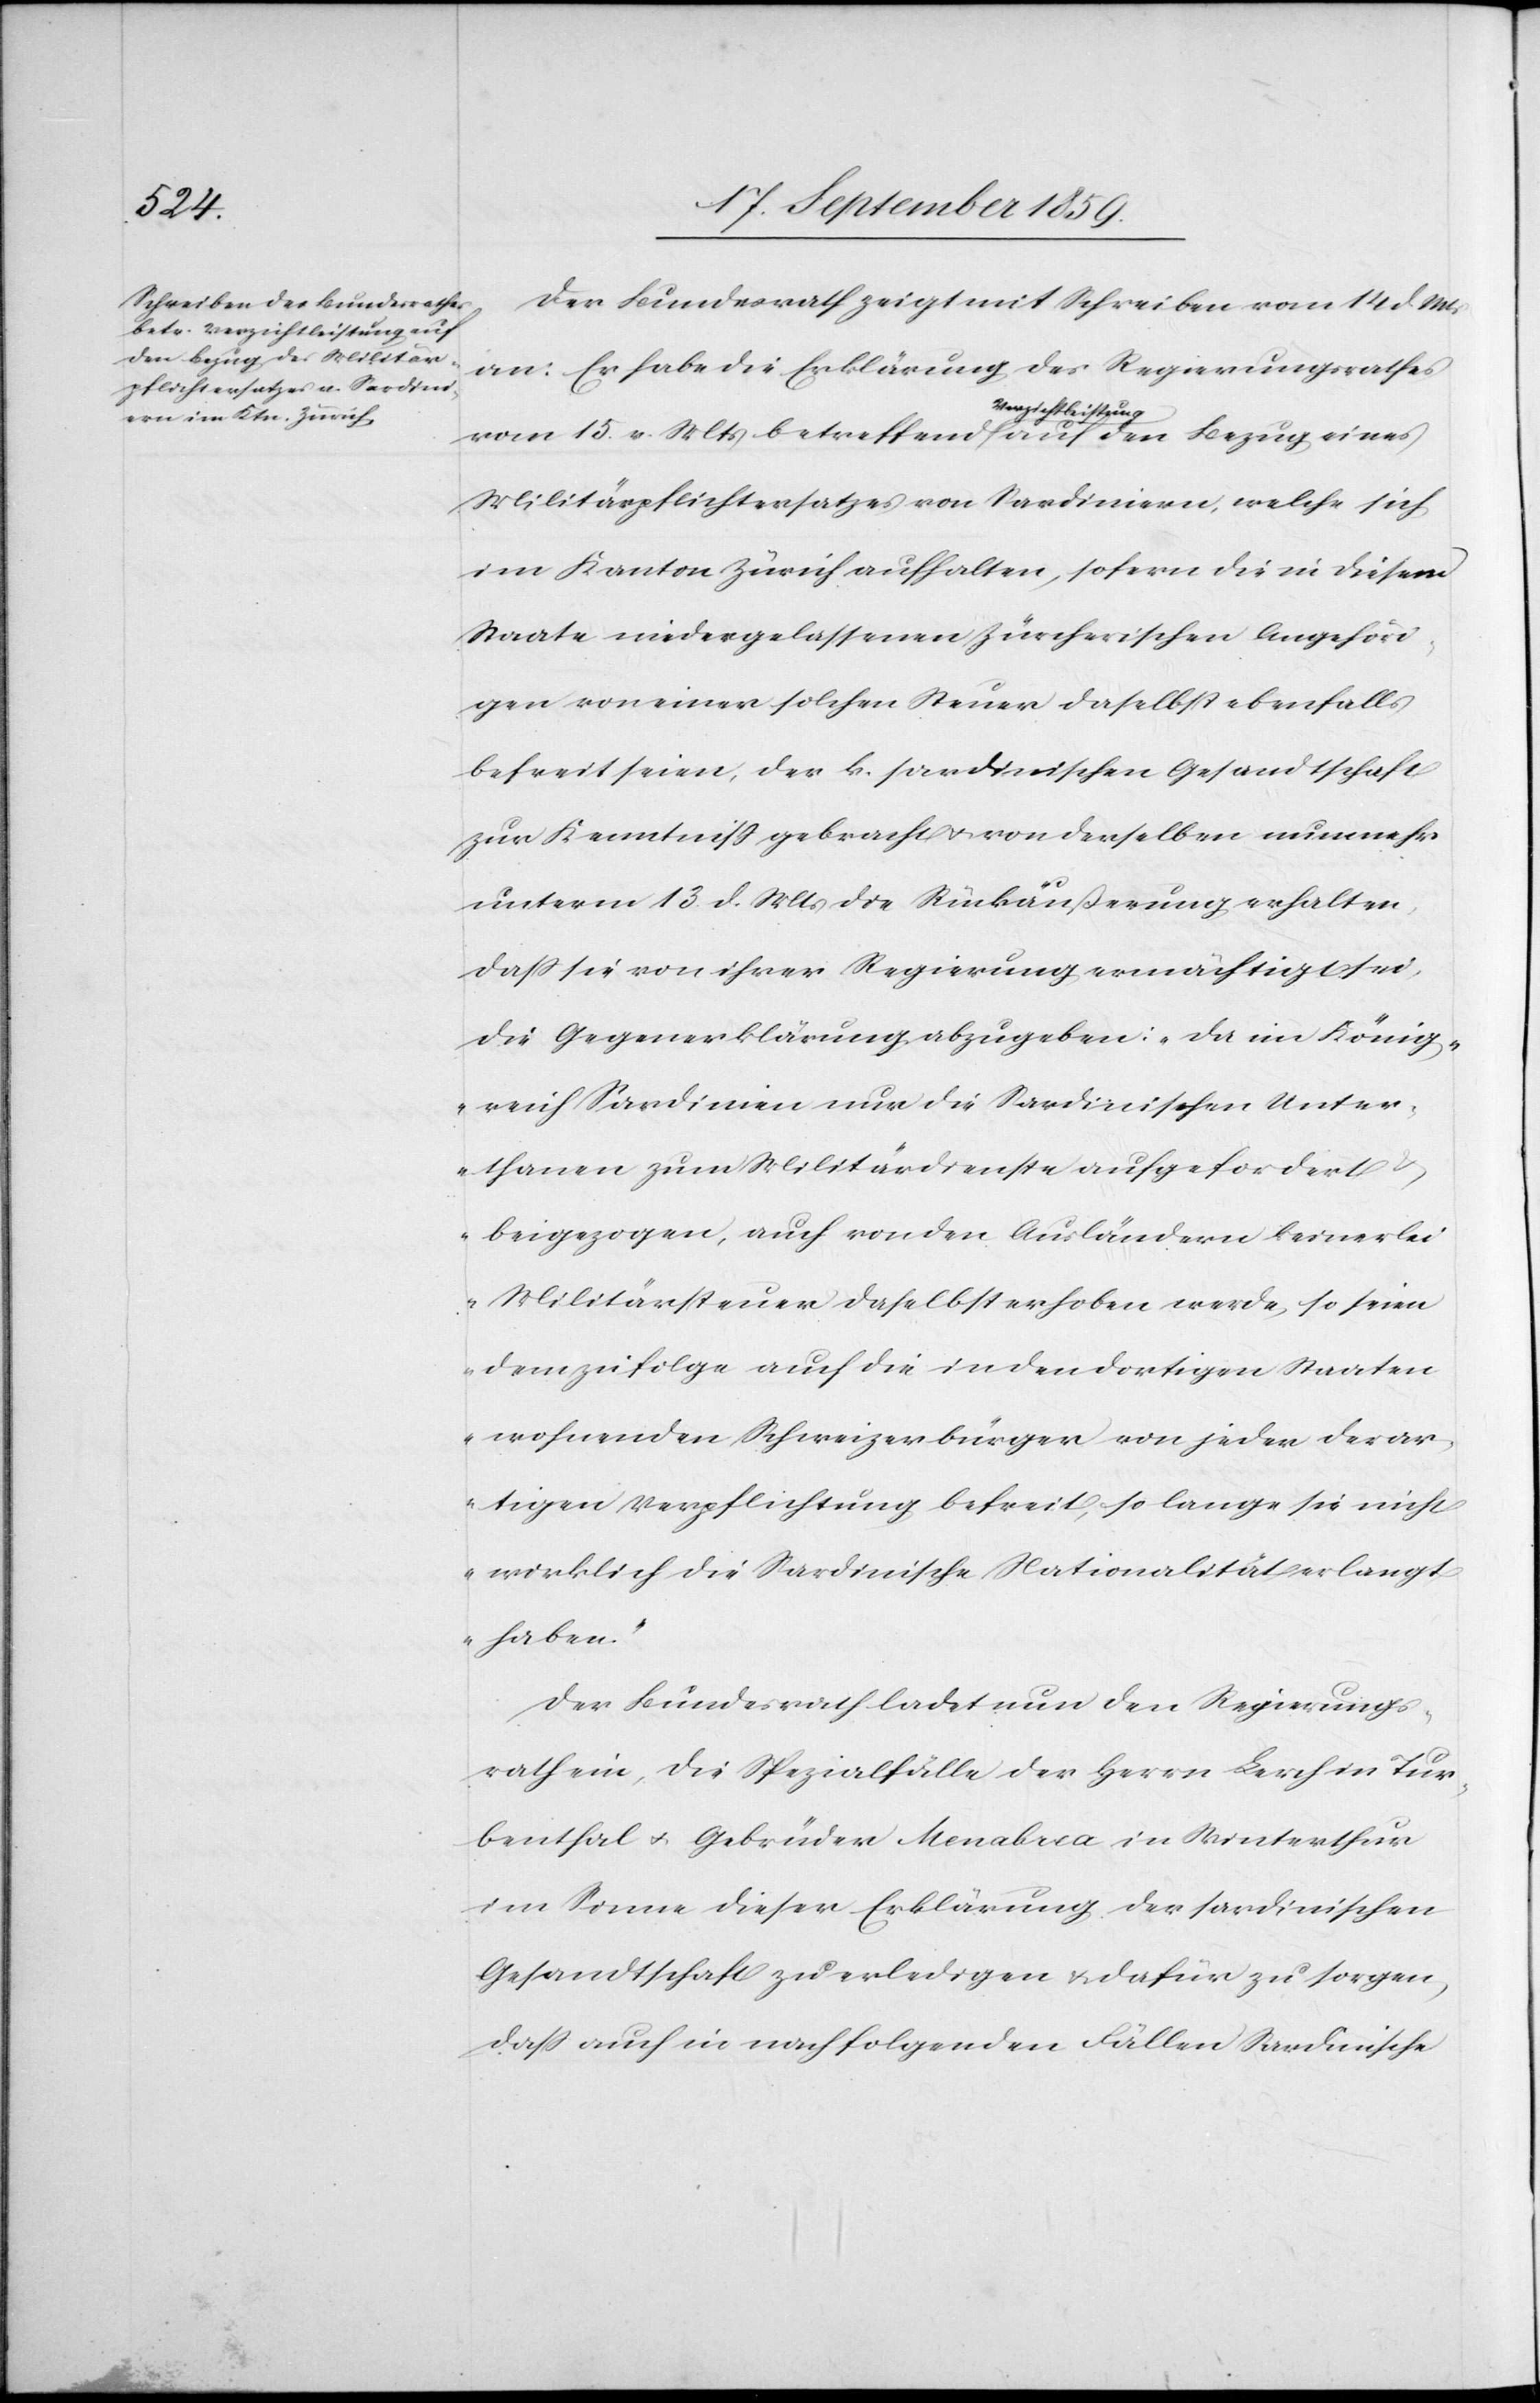
Der Bundesrath zeigt mit Schreiben vom 14. d. Mts.
an: Er habe die Erklärung des Regierungsrathes
vom 15. v. Mts. betreffend Verzichtleistung auf den Bezug eines
Militärpflichtersatzes von Sardiniern, welche sich
im Kanton Zürich aufhalten, sofern die in diesem
Staate niedergelassenen Zürcherischen Angehöri¬
gen von einer solchen Steuer daselbst ebenfalls
befreit seien, der k. sardinischen Gesandtschaft
zur Kenntniß gebracht & von derselben nunmehr
unterm 13. d. Mts. die Rückäußerung erhallten,
daß sie von ihrer Regierung ermächtigt sei,
die Gegenerklärung abzugeben: „Da im König¬
reich Sardinien nur die Sardinischen Unter¬
thanen zum Militärdienste aufgefordert &
beigezogen, auch von den Ausländern keinerlei
Militärsteuer daselbst erhoben werde, so seien
dem zu folge [sic!] auch die in den dortigen Staaten
wohnenden Schweizerbürger von jeder derar¬
tigen Verpflichtung befreit, so lange sie nicht
wirklich die Sardinische Nationalität verlangt
haben.“
Der Bundesrath ladet nun den Regierungs¬
rath ein, die Spezialfälle der Herrn Lerch in Tur¬
benthal & Gebrüder Menabrea in Winterthur
im Sinne dieser Erklärung der sardinischen
Gesandtschaft zu erledigen & dafür zu sorgen,
daß auch in nachfolgenden Fällen Sardinische